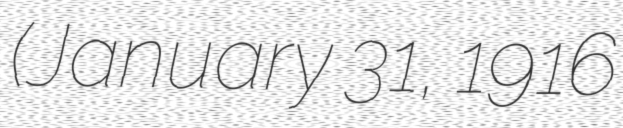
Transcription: (January 31, 1916